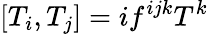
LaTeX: [T_{i},T_{j}]=if^{ijk}T^{k}